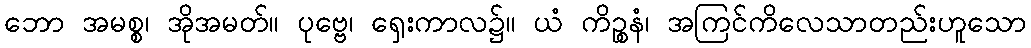
ဘော အမစ္စ၊ အိုအမတ်။ ပုဗ္ဗေ၊ ရှေးကာလ၌။ ယံ ကိဉ္စနံ၊ အကြင်ကိလေသာတည်းဟူသော